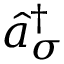
\hat { a } _ { \sigma } ^ { \dagger }